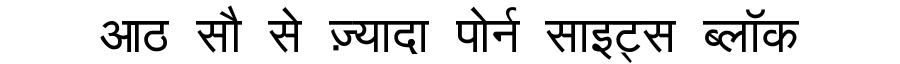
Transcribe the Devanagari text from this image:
आठ सौ से ज़्यादा पोर्न साइट्स ब्लॉक